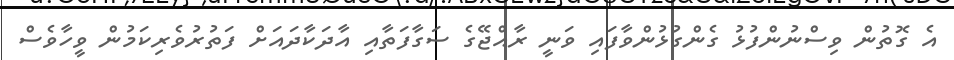
އެ ގޮތުން ވިސްނުންފުޅު ގެންގުޅުންވާފައި ވަނީ ރާއްޖޭގެ ސަގާފަތާއި އާދަކާދައަށް ފަތުރުވެރިކަމުން ވީހާވެސް